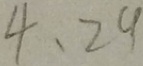
4 、 2 9